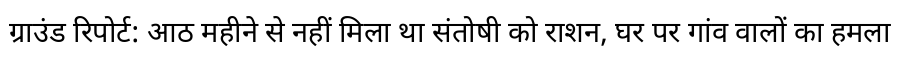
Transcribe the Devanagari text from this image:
ग्राउंड रिपोर्ट: आठ महीने से नहीं मिला था संतोषी को राशन, घर पर गांव वालों का हमला